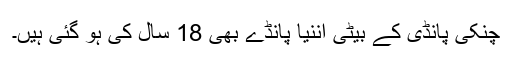
چنکی پانڈی کے بیٹی اننیا پانڈے بھی 18 سال کی ہو گئی ہیں۔